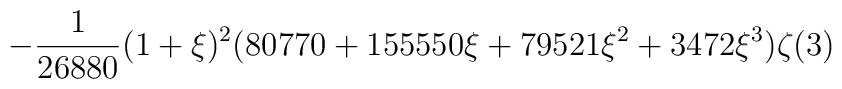
\displaystyle-\frac{1}{26880}(1+\xi)^2(80770+155550\xi +79521\xi^2+3472\xi^3)\zeta(3)